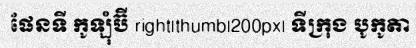
ផែនទី កូឡុំប៊ី right|thumb|200px| ទីក្រុង បូកូតា